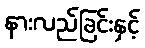
နားလည်ခြင်းနှင့်